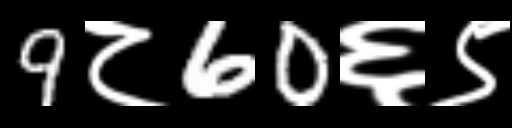
Text: 9८60६९